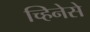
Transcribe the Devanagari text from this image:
च्हिनेसे